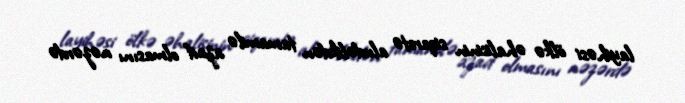
layihəsi ölkə əhalisinin siqaretə aludəlikdən tamamilə azad olmasını nəzərdə